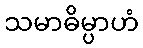
သမာဓိမ္ပာဟံ